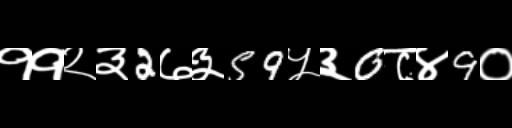
Text: ११२३2७३59५३0८४9०